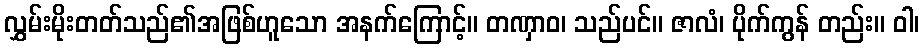
လွှမ်းမိုးတတ်သည်၏အဖြစ်ဟူသော အနက်ကြောင့်။ တဏှာဝ၊ သည်ပင်။ ဇာလံ၊ ပိုက်ကွန် တည်း။ ဝါ၊